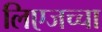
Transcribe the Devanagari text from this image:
लिएजच्चा